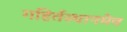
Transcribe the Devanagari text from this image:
गहिर्तस्थानमेव